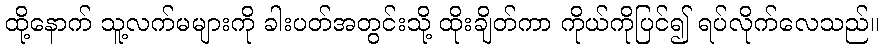
ထို့နောက် သူ့လက်မများကို ခါးပတ်အတွင်းသို့ ထိုးချိတ်ကာ ကိုယ်ကိုပြင်၍ ရပ်လိုက်လေသည်။